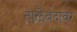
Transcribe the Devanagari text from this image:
ताळेबंदावर